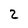
Character: 2